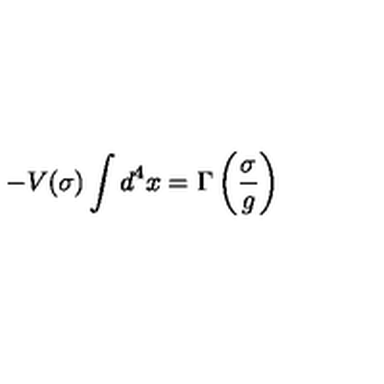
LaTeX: - V ( \sigma ) \int d ^ { 4 } x = \Gamma \left( \frac { \sigma } { g } \right)